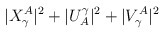
\begin{align*}|X_\gamma^A|^2 + |U^\gamma_A|^2 + |V^A_\gamma|^2\end{align*}